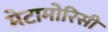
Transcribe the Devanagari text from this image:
मेटामोरिसी